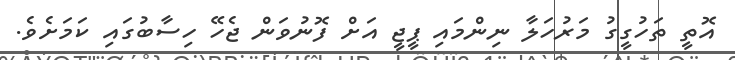
އޮތީ ތަހުގީގު މަރުހަލާ ނިންމައި ޕީޖީ އަށް ފޮނުވަން ޖެހޭ ހިސާބުގައި ކަމަށެވެ.